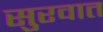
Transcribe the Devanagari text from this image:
सुुरवात